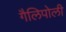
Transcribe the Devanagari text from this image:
गैलिपोली